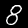
Digit: 8